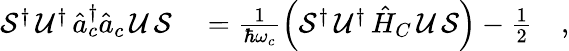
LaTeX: \begin{array}{rl}{\mathcal{S}^{\dagger}\, \mathcal{U}^{\dagger}\, \hat{a}_{c}^{\dagger}\hat{a}_{c}\, \mathcal{U}\, \mathcal{S}}&{{}=\frac{1}{\hbar\omega_{c}}\left(\mathcal{S}^{\dagger}\, \mathcal{U}^{\dagger}\, \hat{H}_{C}\, \mathcal{U}\, \mathcal{S}\right)-\frac{1}{2}\quad,}\end{array}